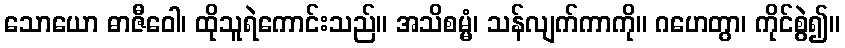
သောယော ဓာဇီဝေါ၊ ထိုသူရဲကောင်းသည်။ အသိစမ္မံ၊ သန်လျက်ကာကို။ ဂဟေတွာ၊ ကိုင်စွဲ၍။